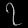
Digit: ၇